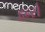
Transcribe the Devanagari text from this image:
हर्न्स